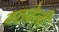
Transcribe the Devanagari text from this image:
वठवेली